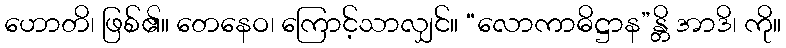
ဟောတိ၊ ဖြစ်၏။ တေနေဝ၊ ကြောင့်သာလျှင်။ “လောကာဓိဋ္ဌာန”န္တိ အာဒိ၊ ကို။